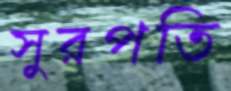
সুরপতি